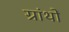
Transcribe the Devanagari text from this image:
ग्रांथों